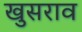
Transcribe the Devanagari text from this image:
खुसराव